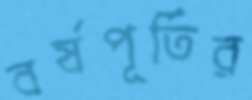
বর্ষপূর্তির